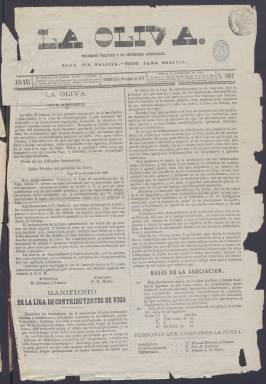
Título: La Oliva (Vigo)
Colección: Periódicos
Ámbito geográfico: Pontevedra
Lugar de publicación: Vigo
Fechas: 30/11/1872-30/04/1873